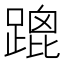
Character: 䠘